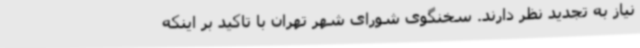
نیاز به تجدید نظر دارند. سخنگوی شورای شهر تهران با تاکید بر اینکه